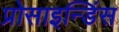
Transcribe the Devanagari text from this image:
प्रोसाइन्डिंस